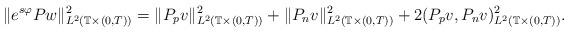
LaTeX: \begin{align*} \|e^{s\varphi}Pw\|_{L^2(\mathbb{T}\times(0,T))}^{2}= \|P_pv\|_{L^2(\mathbb{T}\times(0,T))}^{2}+ \|P_nv\|_{L^2(\mathbb{T}\times(0,T))}^{2}+2(P_pv,P_nv)_{L^2(\mathbb{T}\times(0,T))}^{2}.\end{align*}